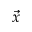
\vec { x }